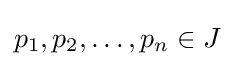
p_{1},p_{2},\dots ,p_{n}\in J